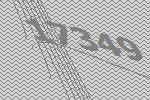
17349